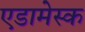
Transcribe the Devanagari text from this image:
एडामेस्क